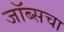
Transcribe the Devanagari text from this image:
जॉब्सचा